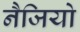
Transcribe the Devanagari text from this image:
नैजियो